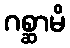
ဂစ္ဆာမိ